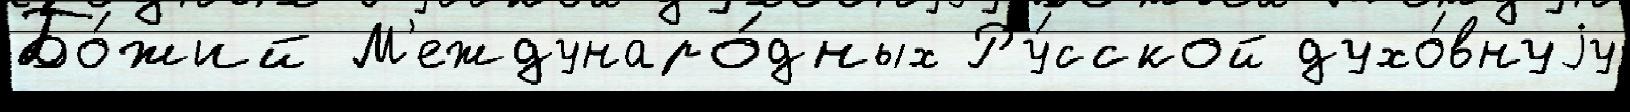
Бо́жий М'еждунаро́дных Ру́сской духо́внуjу